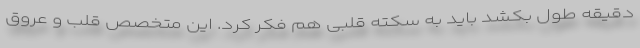
دقیقه طول بکشد باید به سکته قلبی هم فکر کرد. این متخصص قلب و عروق